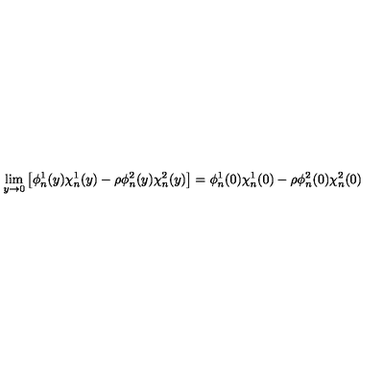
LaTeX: \lim _ { y \to 0 } \left[ \phi _ { n } ^ { 1 } ( y ) \chi _ { n } ^ { 1 } ( y ) - \rho \phi _ { n } ^ { 2 } ( y ) \chi _ { n } ^ { 2 } ( y ) \right] = \phi _ { n } ^ { 1 } ( 0 ) \chi _ { n } ^ { 1 } ( 0 ) - \rho \phi _ { n } ^ { 2 } ( 0 ) \chi _ { n } ^ { 2 } ( 0 )